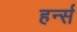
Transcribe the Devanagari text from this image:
हर्न्स